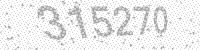
Solution: 315270